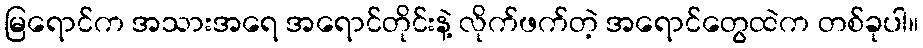
မြရောင်က အသားအရေ အရောင်တိုင်းနဲ့ လိုက်ဖက်တဲ့ အရောင်တွေထဲက တစ်ခုပါ။